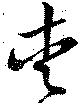
愛